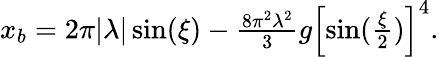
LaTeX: \begin{array}{r}{x_{b}=2\pi|\lambda|\sin(\xi)-\frac{8\pi^{2}\lambda^{2}}{3}g\left[\sin(\frac{\xi}{2})\right]^{4}.}\end{array}